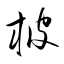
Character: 柀